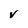
Character: V